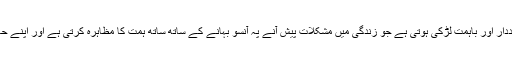
زیادہ تر آپ کی ہیروئن ایک تعلیم یافتہ، خوددار اور باہمت لڑکی ہوتی ہے جو زندگی میں مشکلات پیش آنے پہ آنسو بہانے کے ساتھ ساتھ ہمت کا مظاہرہ کرتی ہے اور اپنے حالات کی بہتری کے لئے کوشش کرتی ہے۔